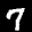
Label: 7